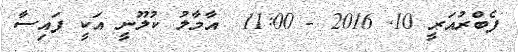
ފެބްރުއަރީ 10